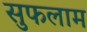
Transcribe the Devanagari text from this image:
सुफलाम